Insane asylums Bombay 1873-77 - 1873-1877
Year: 1873
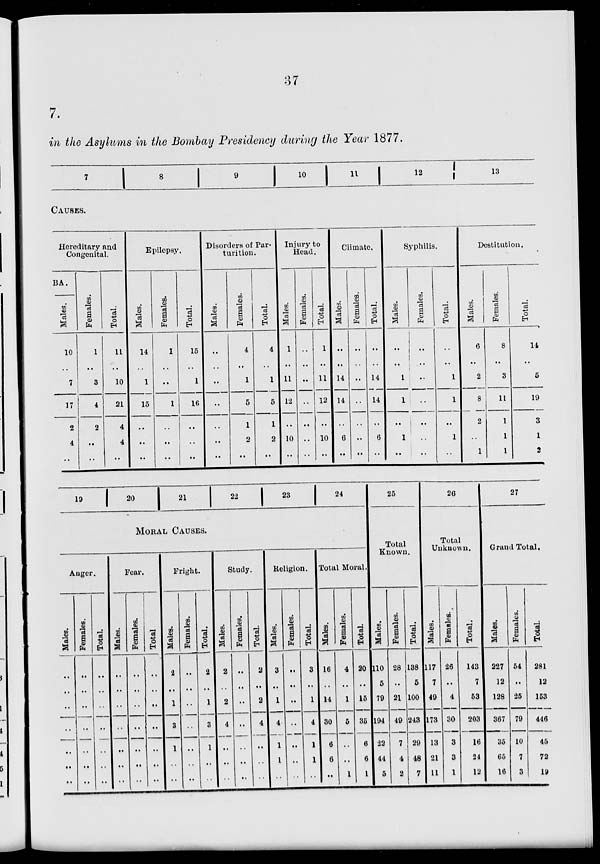
37
7.
in the Asylums in the Bombay Presidency during the Year 1877.
7
8
9
10
11
12
13
CAUSES.
Hereditary and
Congenital.
BA.
Males.
10
..
7
17
2
4
..
Females.
1
..
3
4
2
..
..
Total.
11
..
10
21
4
4
..
Epilepsy.
Males.
14
..
1
15
..
..
..
Females.
1
..
..
1
..
..
..
Total.
15
..
1
16
..
..
..
Disorders of Par-
turition.
Males.
..
..
..
..
..
..
..
Females.
4
..
1
5
1
2
..
Total.
4
..
1
5
1
2
..
Injury to
Head.
Males.
1
..
11
12
..
10
..
Females.
..
..
..
..
..
..
..
Total.
1
..
11
12
..
10
..
Climate.
Males.
..
..
14
14
..
6
..
Females.
..
..
..
..
..
..
..
Total.
..
..
14
14
..
6
..
Syphilis.
Males.
..
..
1
1
..
1
..
Females.
..
..
..
..
..
..
..
Total.
..
..
1
1
..
1
..
Destitution.
Males.
6
..
2
8
2
..
1
Females.
8
..
3
11
1
1
1
Total.
14
..
5
19
3
1
2
19
20
21
22
23
24
MORAL CAUSES.
Anger.
Males.
..
..
..
..
..
..
..
Females.
..
..
..
..
..
..
..
Total.
..
..
..
..
..
..
..
Fear.
Males.
..
..
..
..
..
..
..
Females.
..
..
..
..
..
..
..
Total
..
..
..
..
..
..
..
Fright.
Males.
2
..
1
3
1
..
..
Females.
..
..
..
..
..
..
..
Total.
2
..
1
3
1
..
..
Study.
Males.
2
..
2
4
..
..
..
Females.
..
..
..
..
..
..
..
Total.
2
..
2
4
..
..
..
Religion.
Males.
3
..
1
4
1
1
..
Females.
..
..
..
..
..
..
..
Total.
3
..
1
4
1
1
..
Total Moral.
Males.
16
..
14
30
6
6
..
Females.
4
..
1
5
..
..
1
Total.
20
..
15
35
6
6
1
25
Total
Known.
Males.
110
5
79
194
22
44
5
Females.
28
..
21
49
7
4
2
Total.
138
5
100
243
29
48
7
26
Total
Unknown.
Males.
117
7
49
173
13
21
11
Females.
26
..
4
30
3
3
1
Total.
143
7
53
203
16
24
12
27
Grand Total.
Males.
227
12
128
367
35
65
16
Females.
54
..
25
79
10
7
3
Total.
281
12
153
446
45
72
19